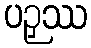
ပဉှဿ